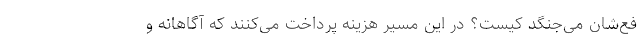
فع‌شان می‌جنگد کیست؟ در این مسیر هزینه پرداخت می‌کنند که آگاهانه و